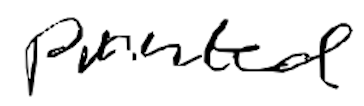
Text: printed
Cross-out: clean
Writing tool: digital_black